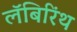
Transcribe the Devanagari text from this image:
लॅबिरिंथ